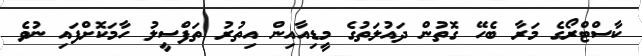
ކާސްޓްރޯގެ މަރާ ބެހޭ ގޮތުން ދައުލަތުގެ މީޑިއާއިން އިތުރު ތަފްސީލު ހާމަކޮށްފައި ނުވެ